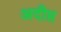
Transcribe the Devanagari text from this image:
अदीप्त